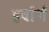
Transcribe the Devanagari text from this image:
हर्वार्थ